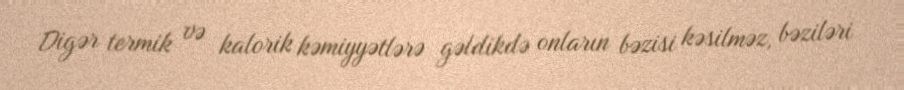
Digər termik və kalorik kəmiyyətlərə gəldikdə onların bəzisi kəsilməz, bəziləri